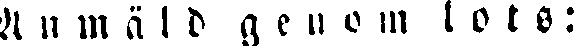
Anmäld genom lots: